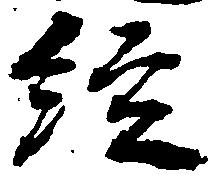
経